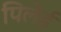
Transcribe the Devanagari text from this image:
पिलेई